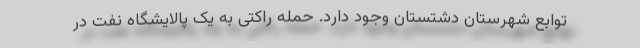
توابع شهرستان دشتستان وجود دارد. حمله راکتی به یک پالایشگاه نفت در